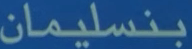
بنسليمان